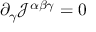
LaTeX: \partial _ { \gamma } { \mathcal { J } } ^ { \alpha \beta \gamma } = 0